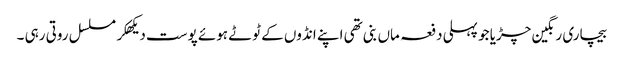
بیچاری رنگین چڑیا جو پہلی دفعہ ماں بنی تھی اپنے انڈوں کے ٹوٹے ہوئے پوست دیکھکر مسلسل روتی رہی ۔